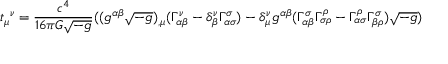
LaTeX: { t _ { \mu } } ^ { \nu } = { \frac { c ^ { 4 } } { 1 6 \pi G { \sqrt { - g } } } } ( ( g ^ { \alpha \beta } { \sqrt { - g } } ) _ { , \mu } ( \Gamma _ { \alpha \beta } ^ { \nu } - \delta _ { \beta } ^ { \nu } \Gamma _ { \alpha \sigma } ^ { \sigma } ) - \delta _ { \mu } ^ { \nu } g ^ { \alpha \beta } ( \Gamma _ { \alpha \beta } ^ { \sigma } \Gamma _ { \sigma \rho } ^ { \rho } - \Gamma _ { \alpha \sigma } ^ { \rho } \Gamma _ { \beta \rho } ^ { \sigma } ) { \sqrt { - g } } )